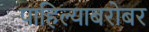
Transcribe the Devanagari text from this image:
पाहिल्याबरोबर